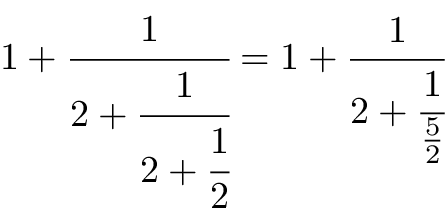
1 + { \cfrac { 1 } { 2 + { \cfrac { 1 } { 2 + { \cfrac { 1 } { 2 } } } } } } = 1 + { \cfrac { 1 } { 2 + { \cfrac { 1 } { \frac { 5 } { 2 } } } } }